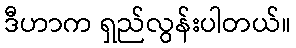
ဒီဟာက ရှည်လွန်းပါတယ်။